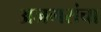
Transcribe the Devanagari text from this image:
अजगरांचा